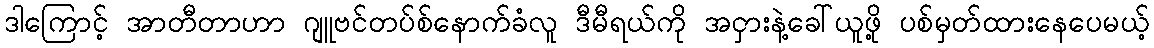
ဒါကြောင့် အာတီတာဟာ ဂျူဗင်တပ်စ်နောက်ခံလူ ဒီမီရယ်ကို အငှားနဲ့ခေါ်ယူဖို့ ပစ်မှတ်ထားနေပေမယ့်